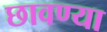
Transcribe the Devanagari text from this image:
छावण्‍या